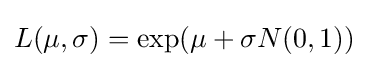
{\begin{aligned}L(\mu ,\sigma )=\exp(\mu +\sigma N(0,1))\end{aligned}}